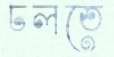
ঢলতে